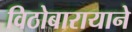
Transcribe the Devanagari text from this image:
विठोबारायाने